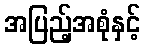
အပြည့်အစုံနှင့်